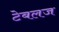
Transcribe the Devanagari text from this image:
टेबलज